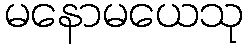
မနောမယေသု